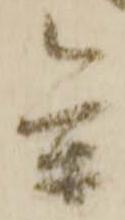
参